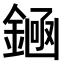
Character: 𫒶